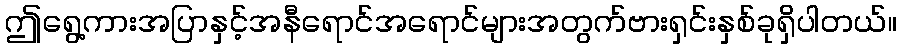
ဤရွေ့ကားအပြာနှင့်အနီရောင်အရောင်များအတွက်ဗားရှင်းနှစ်ခုရှိပါတယ်။